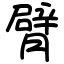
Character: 臂